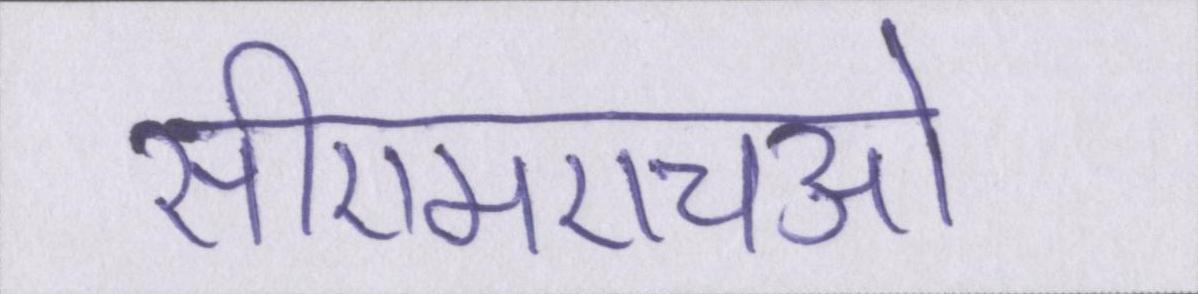
सीएमएचओ